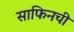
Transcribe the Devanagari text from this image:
साफिनची